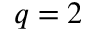
q = 2